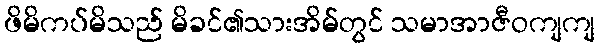
ဖိမိကပ်မိသည် မိခင်၏သားအိမ်တွင် သမာအာဇီဝကျကျ